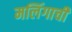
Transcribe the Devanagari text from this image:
मलिंगाची